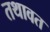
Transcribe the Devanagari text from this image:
तथावत